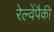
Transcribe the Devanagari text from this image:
रेल्वेंपैकी